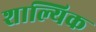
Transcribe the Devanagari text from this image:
शाल्यिक